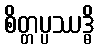
စိတ္တပ္ပဿဒ္ဓိ